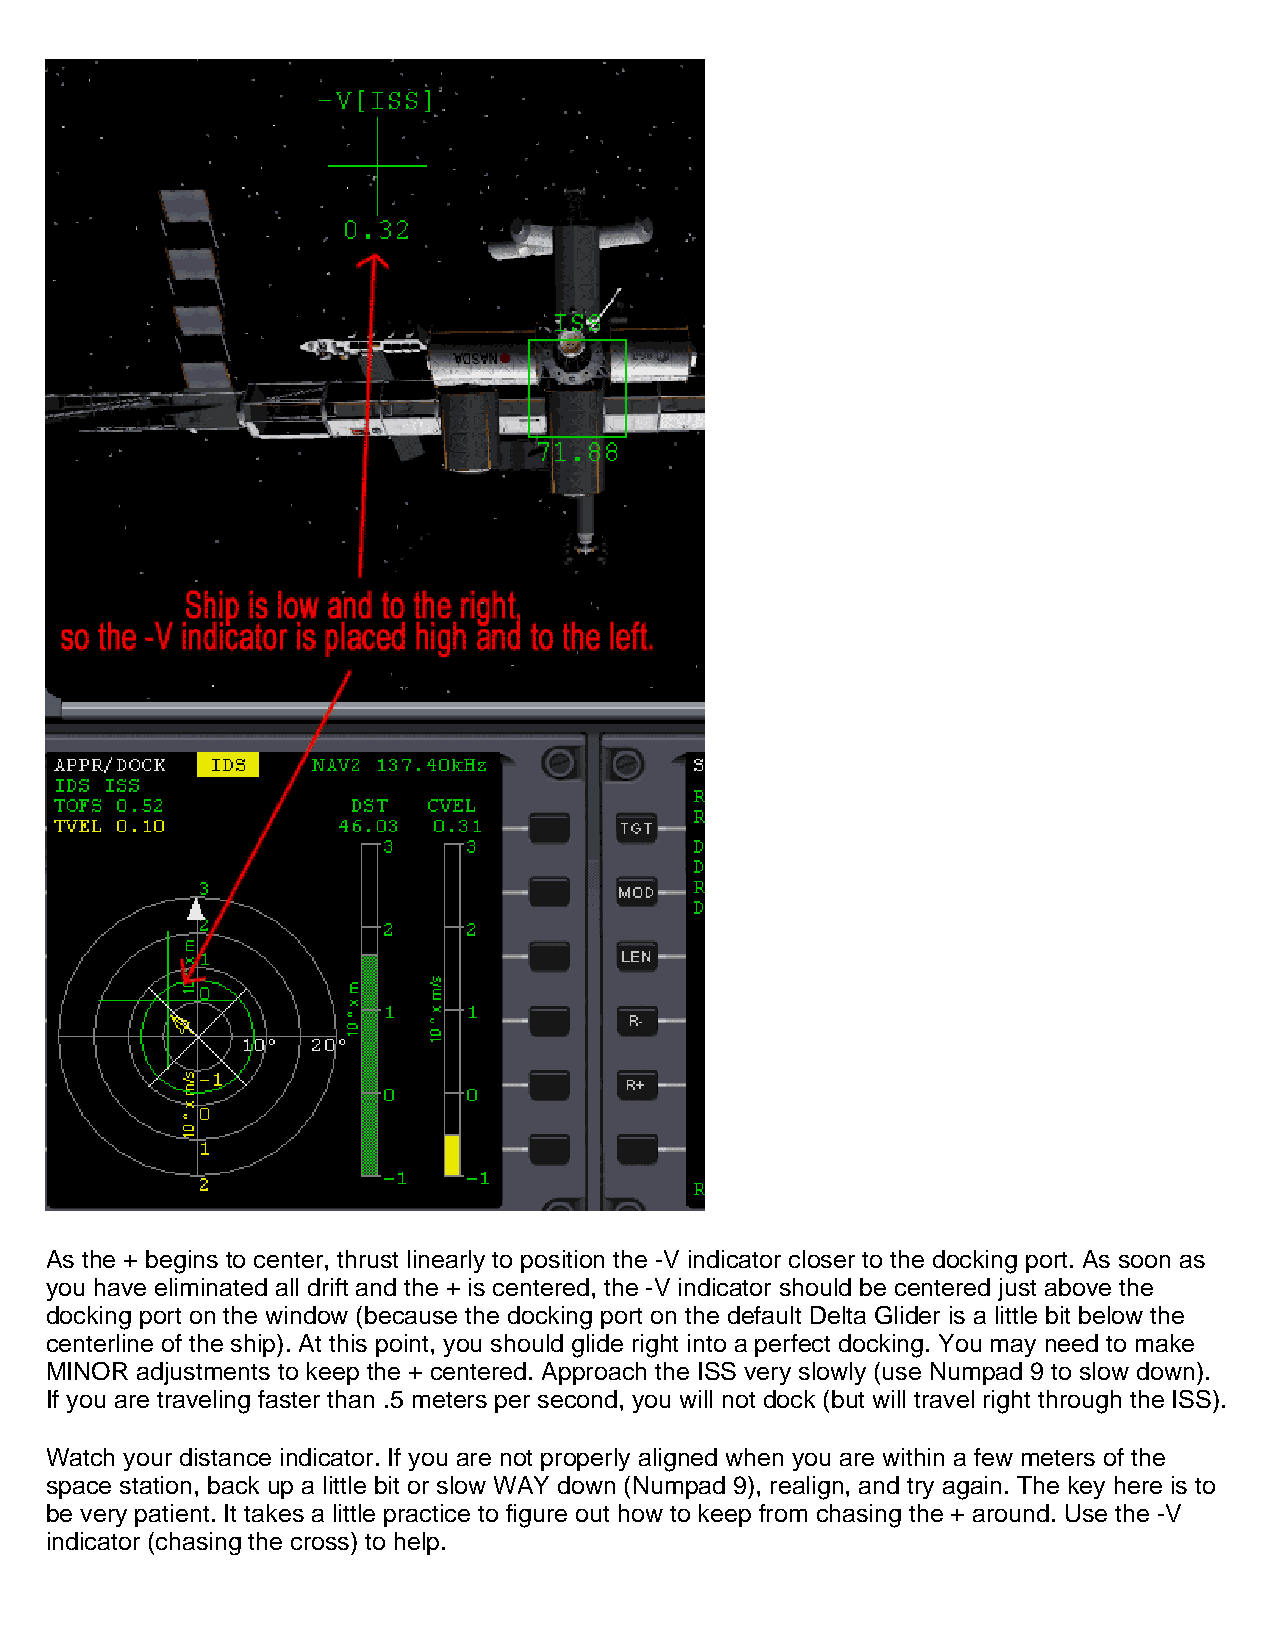
As the + begins to center, thrust linearly to position the -V indicator closer to the docking port. As soon as
 you have eliminated all drift and the + is centered, the -V indicator should be centered just above the
 docking port on the window (because the docking port on the default Delta Glider is a little bit below the
 centerline of the ship). At this point, you should glide right into a perfect docking. You may need to make
 MINOR adjustments to keep the + centered. Approach the ISS very slowly (use Numpad 9 to slow down).
 If you are traveling faster than .5 meters per second, you will not dock (but will travel right through the ISS).
 Watch your distance indicator. If you are not properly aligned when you are within a few meters of the
 space station, back up a little bit or slow WAY down (Numpad 9), realign, and try again. The key here is to
 be very patient. It takes a little practice to figure out how to keep from chasing the + around. Use the -V
 indicator (chasing the cross) to help.